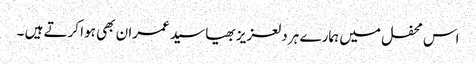
اس محفل میں ہمارے ہر دلعزیز بھیا سید عمران بھی ہوا کرتے ہیں ۔